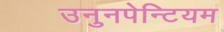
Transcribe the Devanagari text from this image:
उनुनपेन्टियम